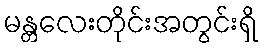
မန္တလေးတိုင်းအတွင်းရှိ